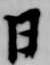
日